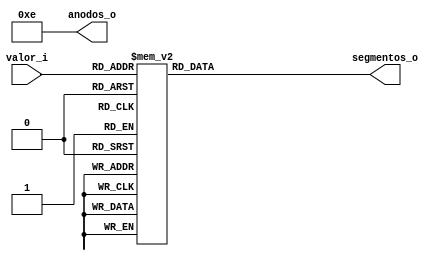
module driver(
    input [3:0]      valor_i,
    output [3:0]     anodos_o,
    output reg [7:0] segmentos_o
    );

assign anodos_o = 4'b1110;

always @(*) begin
    case (valor_i)
                              
                            //g,f,e,d,c,b,a,dp.
        4'h0: segmentos_o = 8'b00000011;            // Hexadecimal 0
        4'h1: segmentos_o = 8'b10011111;            // Hexadecimal 1
        4'h2: segmentos_o = 8'b00100101;            // Hexadecimal 2
        4'h3: segmentos_o = 8'b00001101;            // Hexadecimal 3
        4'h4: segmentos_o = 8'b10011001;            // Hexadecimal 4
        4'h5: segmentos_o = 8'b01001001;            // Hexadecimal 5
        4'h6: segmentos_o = 8'b01000001;            // Hexadecimal 6
        4'h7: segmentos_o = 8'b00011111;            // Hexadecimal 7
        4'h8: segmentos_o = 8'b00000001;            // Hexadecimal 8
        4'h9: segmentos_o = 8'b00001001;            // Hexadecimal 9
        4'hA: segmentos_o = 8'b00010001;            // Hexadecimal A
        4'hB: segmentos_o = 8'b11000001;            // Hexadecimal B
        4'hC: segmentos_o = 8'b01100011;            // Hexadecimal C
        4'hD: segmentos_o = 8'b10000101;            // Hexadecimal D
        4'hE: segmentos_o = 8'b01100001;            // Hexadecimal E
        4'hF: segmentos_o = 8'b01110001;            // Hexadecimal F
        
    endcase
end

endmodule